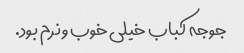
جوجه کباب خیلی خوب و نرم بود.